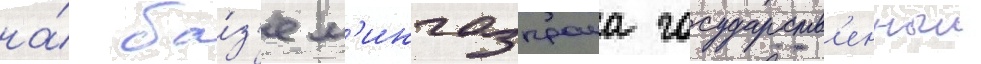
на́ ба́з'е м'ингазпрома государств'енныи